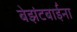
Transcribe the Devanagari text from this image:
बेझंटबाईंना